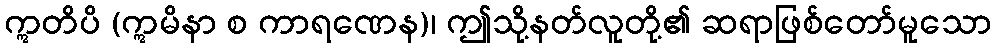
ဣတိပိ (ဣမိနာ စ ကာရဏေန)၊ ဤသို့နတ်လူတို့၏ ဆရာဖြစ်တော်မူသော